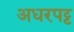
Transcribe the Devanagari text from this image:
अधरपट्ट